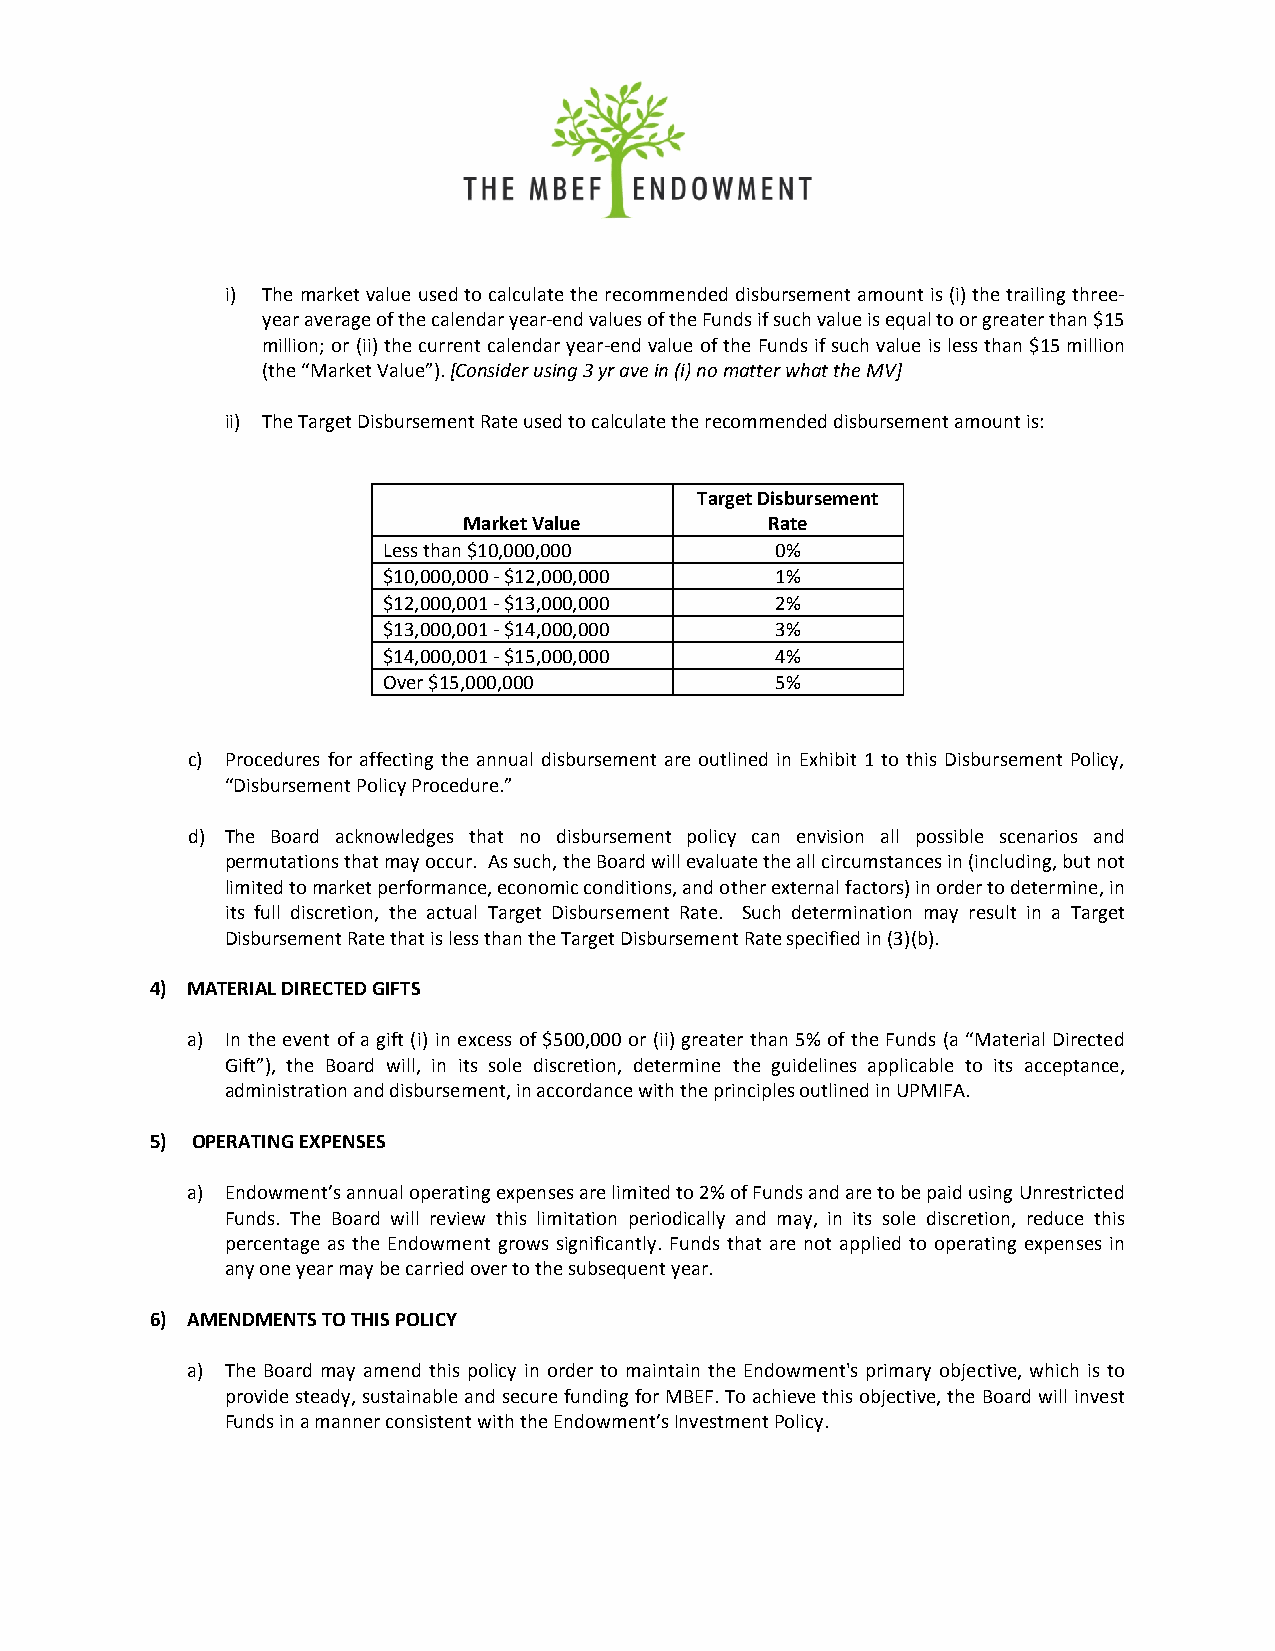
i) The market value used to calculate the recommended disbursement amount is (i) the trailing three-
 year average of the calendar year-end values of the Funds if such value is equal to or greater than $15
 million; or (ii) the current calendar year-end value of the Funds if such value is less than $15 million
 (the “Market Value”). [Consider using 3 yr ave in (i) no matter what the MV]
 ii) The Target Disbursement Rate used to calculate the recommended disbursement amount is:
 Target Disbursement
 Market Value        Rate
 Less than $10,000,000     0%
 $10,000,000 - $12,000,000 1%
 $12,000,001 - $13,000,000 2%
 $13,000,001 - $14,000,000 3%
 $14,000,001 - $15,000,000 4%
 Over $15,000,000          5%
 c) Procedures for affecting the annual disbursement are outlined in Exhibit 1 to this Disbursement Policy,
 “Disbursement Policy Procedure.”
 d) The Board acknowledges that no disbursement policy can envision all possible scenarios and
 permutations that may occur. As such, the Board will evaluate the all circumstances in (including, but not
 limited to market performance, economic conditions, and other external factors) in order to determine, in
 its full discretion, the actual Target Disbursement Rate. Such determination may result in a Target
 Disbursement Rate that is less than the Target Disbursement Rate specified in (3)(b).
 4) MATERIAL DIRECTED GIFTS
 a) In the event of a gift (i) in excess of $500,000 or (ii) greater than 5% of the Funds (a “Material Directed
 Gift”), the Board will, in its sole discretion, determine the guidelines applicable to its acceptance,
 administration and disbursement, in accordance with the principles outlined in UPMIFA.
 5) OPERATING EXPENSES
 a) Endowment’s annual operating expenses are limited to 2% of Funds and are to be paid using Unrestricted
 Funds. The Board will review this limitation periodically and may, in its sole discretion, reduce this
 percentage as the Endowment grows significantly. Funds that are not applied to operating expenses in
 any one year may be carried over to the subsequent year.
 6) AMENDMENTS TO THIS POLICY
 a) The Board may amend this policy in order to maintain the Endowment's primary objective, which is to
 provide steady, sustainable and secure funding for MBEF. To achieve this objective, the Board will invest
 Funds in a manner consistent with the Endowment’s Investment Policy.